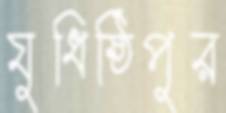
যুধিষ্ঠিপুর